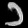
Digit: ၁